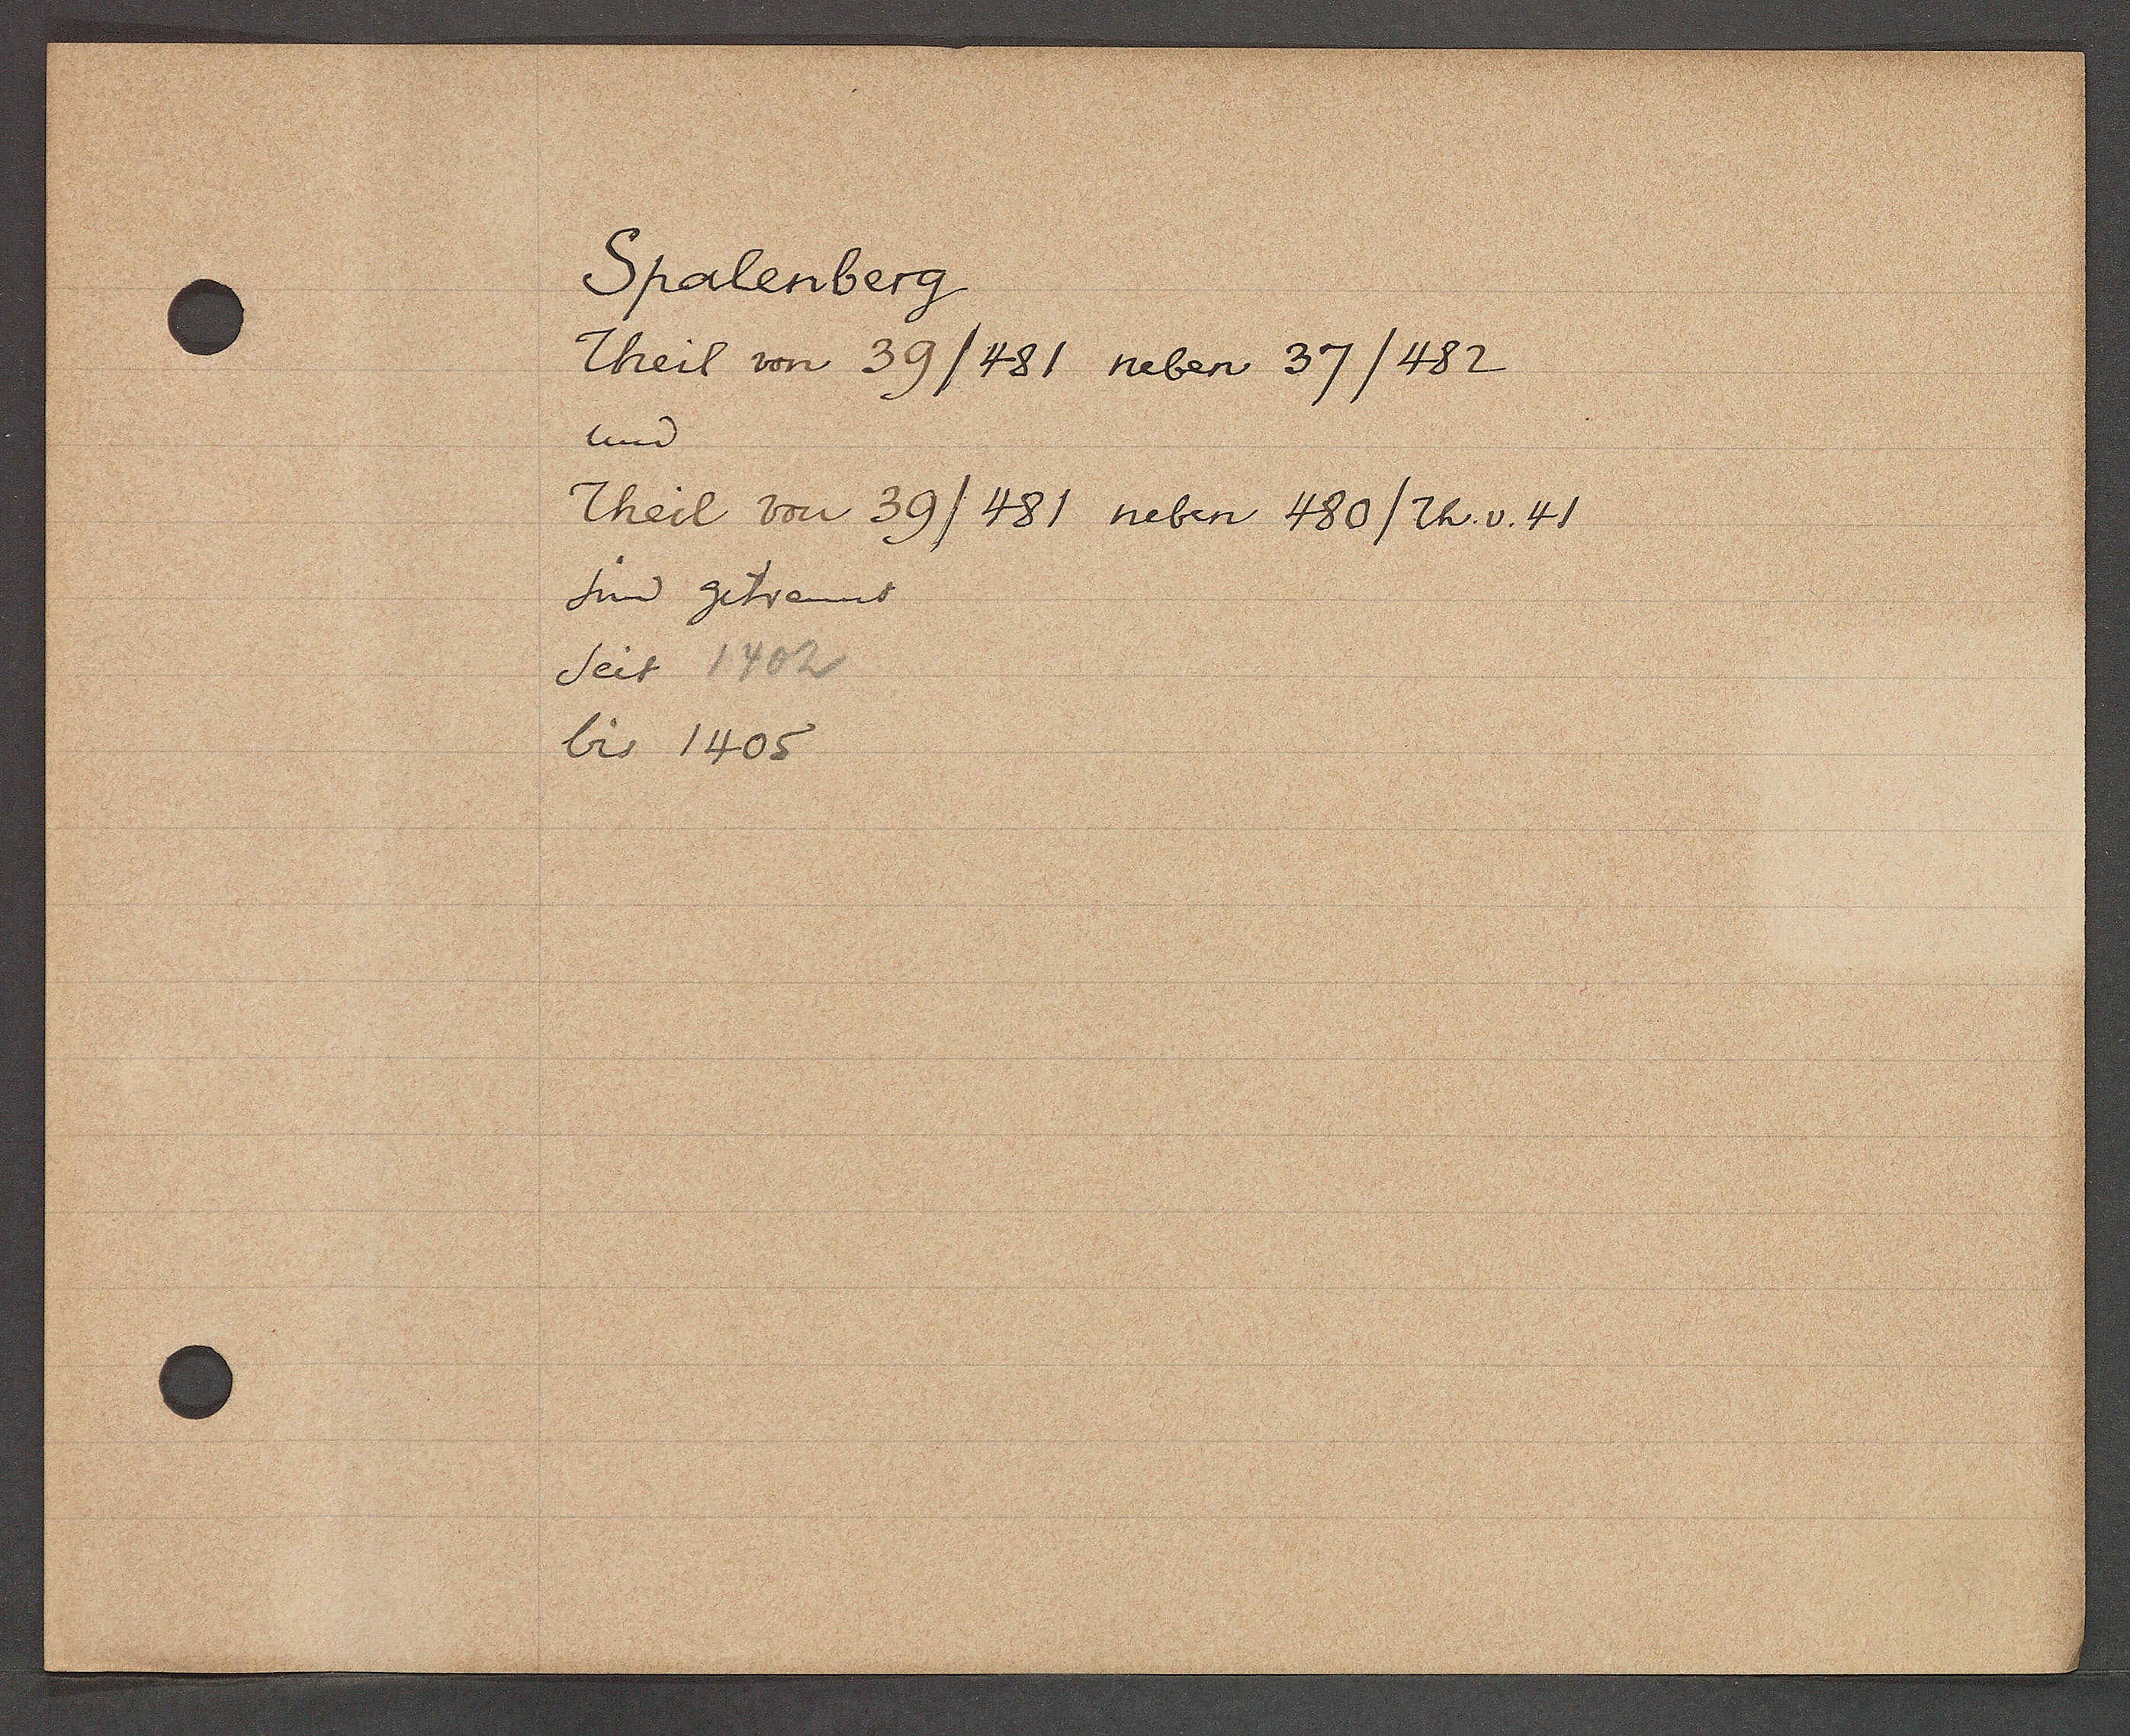
Transcript:
Spalenberg

Theil von 39/481 neben 37/482
und
Theil von 29/481 neben 480/Th. v. 41
sind getrennt
seit 1402
bis 1405